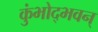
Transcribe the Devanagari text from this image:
कुंभोद्भवन्